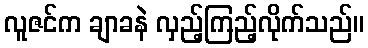
လူဇင်က ချာခနဲ လှည့်ကြည့်လိုက်သည်။